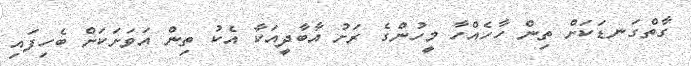
ގާތްގަނޑަކަށް ތިން ހާހެއްހާ މީހުންގެ ރަށު އާބާދީއަކާ އެކު ތިން އަވަށަކަށް ބެހިފައި